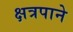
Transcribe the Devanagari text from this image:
क्षत्रपाने